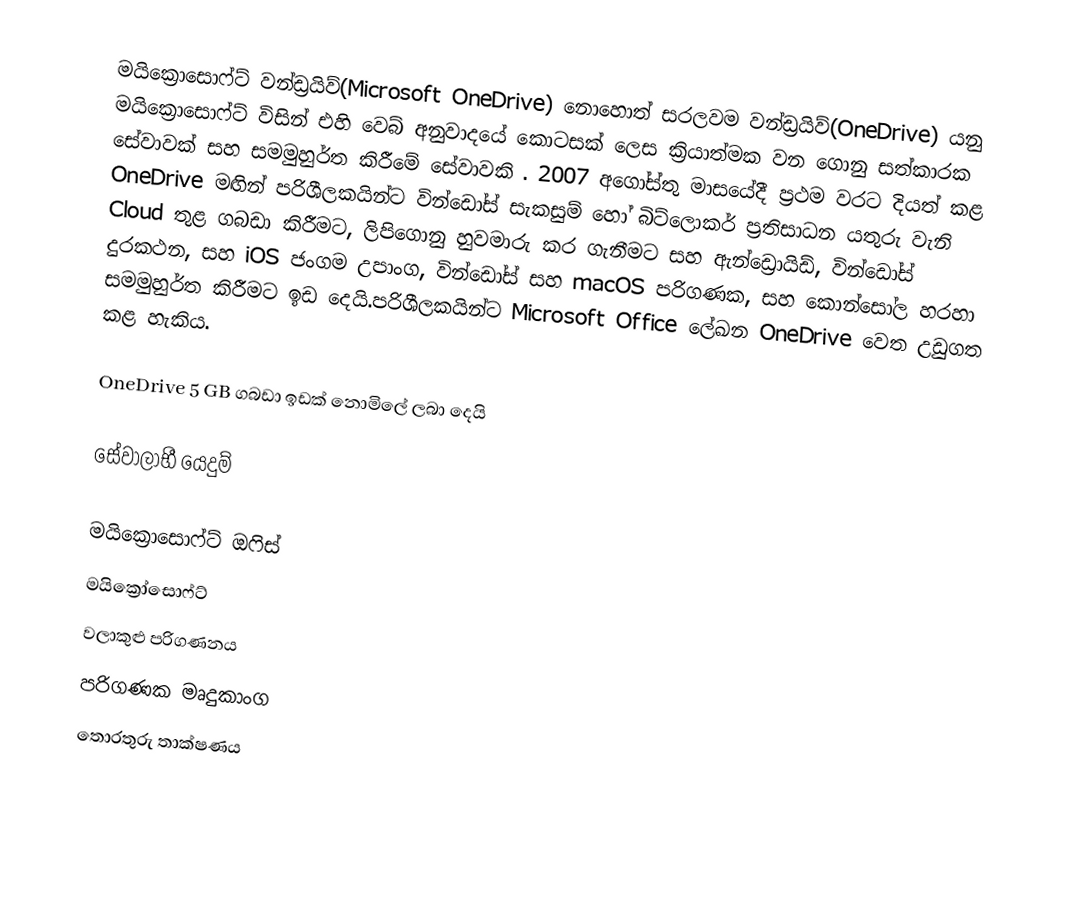
මයික්‍රොසොෆ්ට් වන්ඩ්‍රයිව්(Microsoft OneDrive) නොහොත් සරලවම වන්ඩ්‍රයිව්(OneDrive) යනු මයික්‍රොසොෆ්ට් විසින් එහි වෙබ් අනුවාදයේ කොටසක් ලෙස ක්‍රියාත්මක වන ගොනු සත්කාරක සේවාවක් සහ සමමුහුර්ත කිරීමේ සේවාවකි . 2007 අගෝස්තු මාසයේදී ප්‍රථම වරට දියත් කළ OneDrive මඟින් පරිශීලකයින්ට වින්ඩෝස් සැකසුම් හෝ බිට්ලොකර් ප්‍රතිසාධන යතුරු වැනි Cloud තුළ ගබඩා කිරීමට, ලිපිගොනු හුවමාරු කර ගැනීමට සහ ඇන්ඩ්‍රොයිඩ්, වින්ඩෝස් දුරකථන, සහ iOS ජංගම උපාංග, වින්ඩෝස් සහ macOS පරිගණක, සහ කොන්සෝල හරහා සමමුහුර්ත කිරීමට ඉඩ දෙයි.පරිශීලකයින්ට Microsoft Office ලේඛන OneDrive වෙත උඩුගත කළ හැකිය.

OneDrive 5 GB ගබඩා ඉඩක් නොමිලේ ලබා දෙයි

සේවාලාභී යෙදුම්

මයික්‍රොසොෆ්ට් ඔෆිස්
මයික්‍රෝසොෆ්ට්
වලාකුළු පරිගණනය
පරිගණක මෘදුකාංග
තොරතුරු තාක්ෂණය